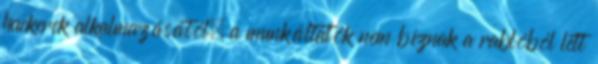
hackerek alkalmazásától, a munkáltatók nem bíznak a rablóból lett